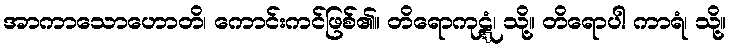
အာကာသောဟောတိ၊ ကောင်းကင်ဖြစ်၏။ တိရောကုဋ္ဋံ၊ သို့။ တိရောပါ ကာရံ၊ သို့။